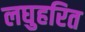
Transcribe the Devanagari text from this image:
लघुहरित